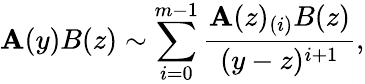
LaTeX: \mathbf{A}(y)B(z)\sim\sum_{i=0}^{m-1}\frac{{\mathbf{A}(z)_{(i)}B(z)}}{{(y-z)^{i+1}}},